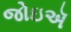
જોઇઍ